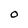
Character: O